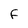
Character: F